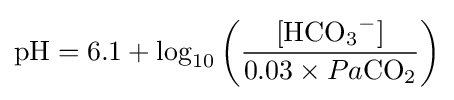
{\mathrm {pH} }=6.1+\log _{10}\left({\frac {[{\mathrm {HCO} {\vphantom {A}}_{\smash[{t}]{3}}{\vphantom {A}}^{-}}]}{0.03\times Pa{\mathrm {CO} {\vphantom {A}}_{\smash[{t}]{2}}}}}\right)